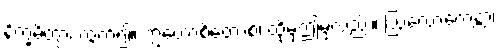
နိက္ခမိတွာ၊ ထွက်၍။ ဣတောစိတောစ၊ ထိုမှဤမှလည်း။ ဩလောကေန္တာ၊